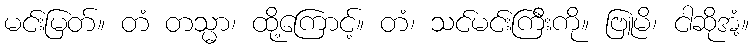
မင်းမြတ်။ တံ တသ္မာ၊ ထို့ကြောင့်။ တံ၊ သင်မင်းကြီးကို။ ဗြူမိ၊ ငါဆိုအံ့။